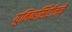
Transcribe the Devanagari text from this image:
युनिव्हर्सिटीजचे